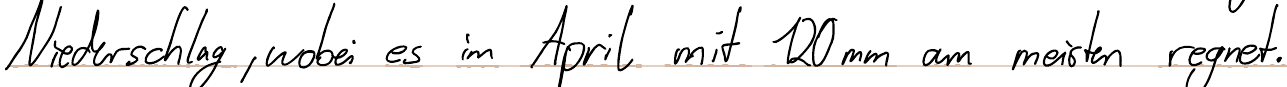
Niederschlag, wobei es im April mit 120 mm am meisten regnet.